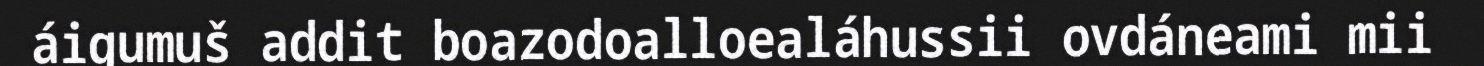
áigumuš addit boazodoalloealáhussii ovdáneami mii